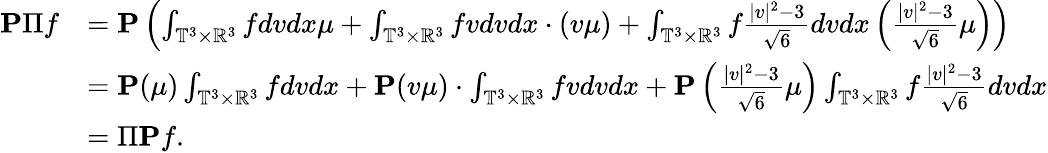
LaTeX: \begin{array}{rl}{\mathbf{P}\Pi f}&{=\mathbf{P}\left(\int_{\mathbb{T}^{3}\times\mathbb{R}^{3}}fdvdx\mu+\int_{\mathbb{T}^{3}\times\mathbb{R}^{3}}fvdvdx\cdot(v\mu)+\int_{\mathbb{T}^{3}\times\mathbb{R}^{3}}f\frac{|v|^{2}-3}{\sqrt{6}}dvdx\left(\frac{|v|^{2}-3}{\sqrt{6}}\mu\right)\right)}\\ &{=\mathbf{P}(\mu)\int_{\mathbb{T}^{3}\times\mathbb{R}^{3}}fdvdx+\mathbf{P}(v\mu)\cdot\int_{\mathbb{T}^{3}\times\mathbb{R}^{3}}fvdvdx+\mathbf{P}\left(\frac{|v|^{2}-3}{\sqrt{6}}\mu\right)\int_{\mathbb{T}^{3}\times\mathbb{R}^{3}}f\frac{|v|^{2}-3}{\sqrt{6}}dvdx}\\ &{=\Pi\mathbf{P}f.}\end{array}